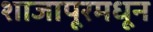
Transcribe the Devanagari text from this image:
शाजापूरमधून